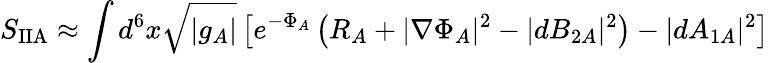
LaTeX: S_{\mathrm{IIA}}\approx\int d^{6}x\sqrt{|g_{A}|}\left[e^{-\Phi_{A}}\left(R_{A}+|\nabla\Phi_{A}|^{2}-|dB_{2A}|^{2}\right)-|dA_{1A}|^{2}\right]